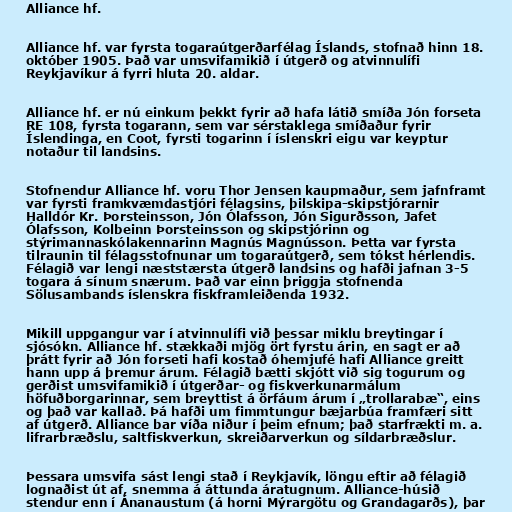
Alliance hf.

Alliance hf. var fyrsta togaraútgerðarfélag Íslands, stofnað hinn 18.
október 1905. Það var umsvifamikið í útgerð og atvinnulífi
Reykjavíkur á fyrri hluta 20. aldar.

Alliance hf. er nú einkum þekkt fyrir að hafa látið smíða Jón forseta
RE 108, fyrsta togarann, sem var sérstaklega smíðaður fyrir
Íslendinga, en Coot, fyrsti togarinn í íslenskri eigu var keyptur
notaður til landsins.

Stofnendur Alliance hf. voru Thor Jensen kaupmaður, sem jafnframt
var fyrsti framkvæmdastjóri félagsins, þilskipa-skipstjórarnir
Halldór Kr. Þorsteinsson, Jón Ólafsson, Jón Sigurðsson, Jafet
Ólafsson, Kolbeinn Þorsteinsson og skipstjórinn og
stýrimannaskólakennarinn Magnús Magnússon. Þetta var fyrsta
tilraunin til félagsstofnunar um togaraútgerð, sem tókst hérlendis.
Félagið var lengi næststærsta útgerð landsins og hafði jafnan 3-5
togara á sínum snærum. Það var einn þriggja stofnenda
Sölusambands íslenskra fiskframleiðenda 1932.

Mikill uppgangur var í atvinnulífi við þessar miklu breytingar í
sjósókn. Alliance hf. stækkaði mjög ört fyrstu árin, en sagt er að
þrátt fyrir að Jón forseti hafi kostað óhemjufé hafi Alliance greitt
hann upp á þremur árum. Félagið bætti skjótt við sig togurum og
gerðist umsvifamikið í útgerðar- og fiskverkunarmálum
höfuðborgarinnar, sem breyttist á örfáum árum í „trollarabæ“, eins
og það var kallað. Þá hafði um fimmtungur bæjarbúa framfæri sitt
af útgerð. Alliance bar víða niður í þeim efnum; það starfrækti m. a.
lifrarbræðslu, saltfiskverkun, skreiðarverkun og síldarbræðslur.

Þessara umsvifa sást lengi stað í Reykjavík, löngu eftir að félagið
lognaðist út af, snemma á áttunda áratugnum. Alliance-húsið
stendur enn í Ánanaustum (á horni Mýrargötu og Grandagarðs), þar